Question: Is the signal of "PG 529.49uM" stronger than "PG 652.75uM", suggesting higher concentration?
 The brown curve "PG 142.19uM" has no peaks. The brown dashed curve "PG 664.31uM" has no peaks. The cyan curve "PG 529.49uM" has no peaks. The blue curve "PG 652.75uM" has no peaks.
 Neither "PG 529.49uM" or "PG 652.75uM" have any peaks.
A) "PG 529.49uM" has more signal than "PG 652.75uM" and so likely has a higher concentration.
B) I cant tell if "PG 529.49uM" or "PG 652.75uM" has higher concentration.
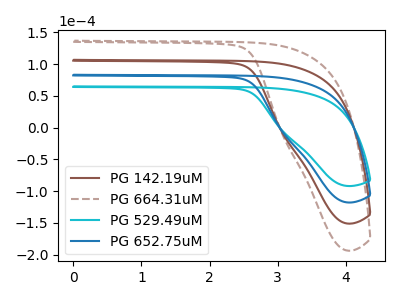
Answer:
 <answer>B) I cant tell if "PG 529.49uM" or "PG 652.75uM" has higher concentration.</answer>
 <eval>B</eval>